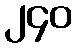
၂၄၀